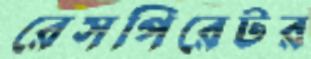
রেসপিরেটর